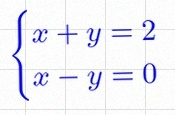
\begin{cases}x+y=2\\x-y=0\end{cases}